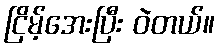
ငြိမ့်အေးပြီး ဝဲတယ်။